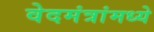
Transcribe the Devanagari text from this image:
वेदमंत्रांमध्ये